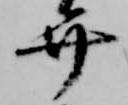
弁